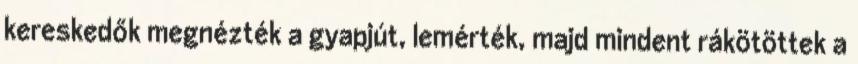
kereskedők megnézték a gyapjút, lemérték, majd mindent rákötöttek a